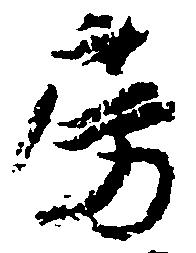
房